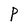
Character: p